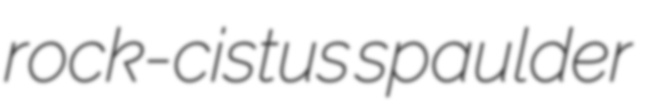
rock-cistus spaulder